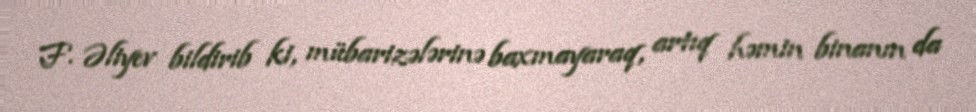
F. Əliyev bildirib ki, mübarizələrinə baxmayaraq, artıq həmin binanın da